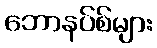
ဘောနပ်စ်များ